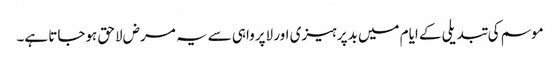
موسم کی تبدیلی کے ایام میں بدپرہیزی اور لاپرواہی سے یہ مرض لاحق ہوجاتا ہے۔